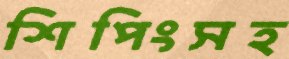
শিপিংসহ